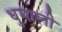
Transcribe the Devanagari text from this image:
धुमाली